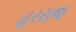
હરરાજ